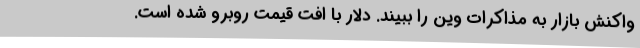
واکنش بازار به مذاکرات وین را ببیند. دلار با افت قیمت روبرو شده است.